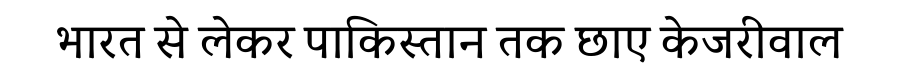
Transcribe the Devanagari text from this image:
भारत से लेकर पाकिस्तान तक छाए केजरीवाल